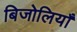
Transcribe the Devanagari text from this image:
बिजोलियाँ